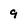
Character: 9